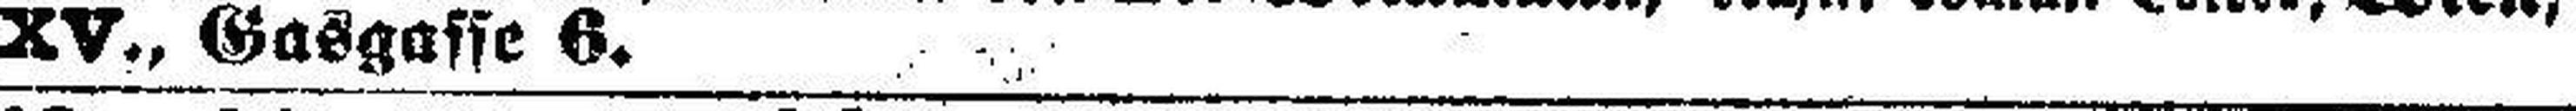
XV., Gasgasse 6.